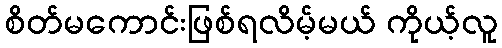
စိတ်မကောင်းဖြစ်ရလိမ့်မယ် ကိုယ့်လူ